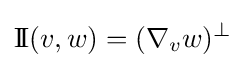
\mathrm {I\!I} (v,w)=(\nabla _{v}w)^{\bot }